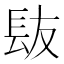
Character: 𮣹